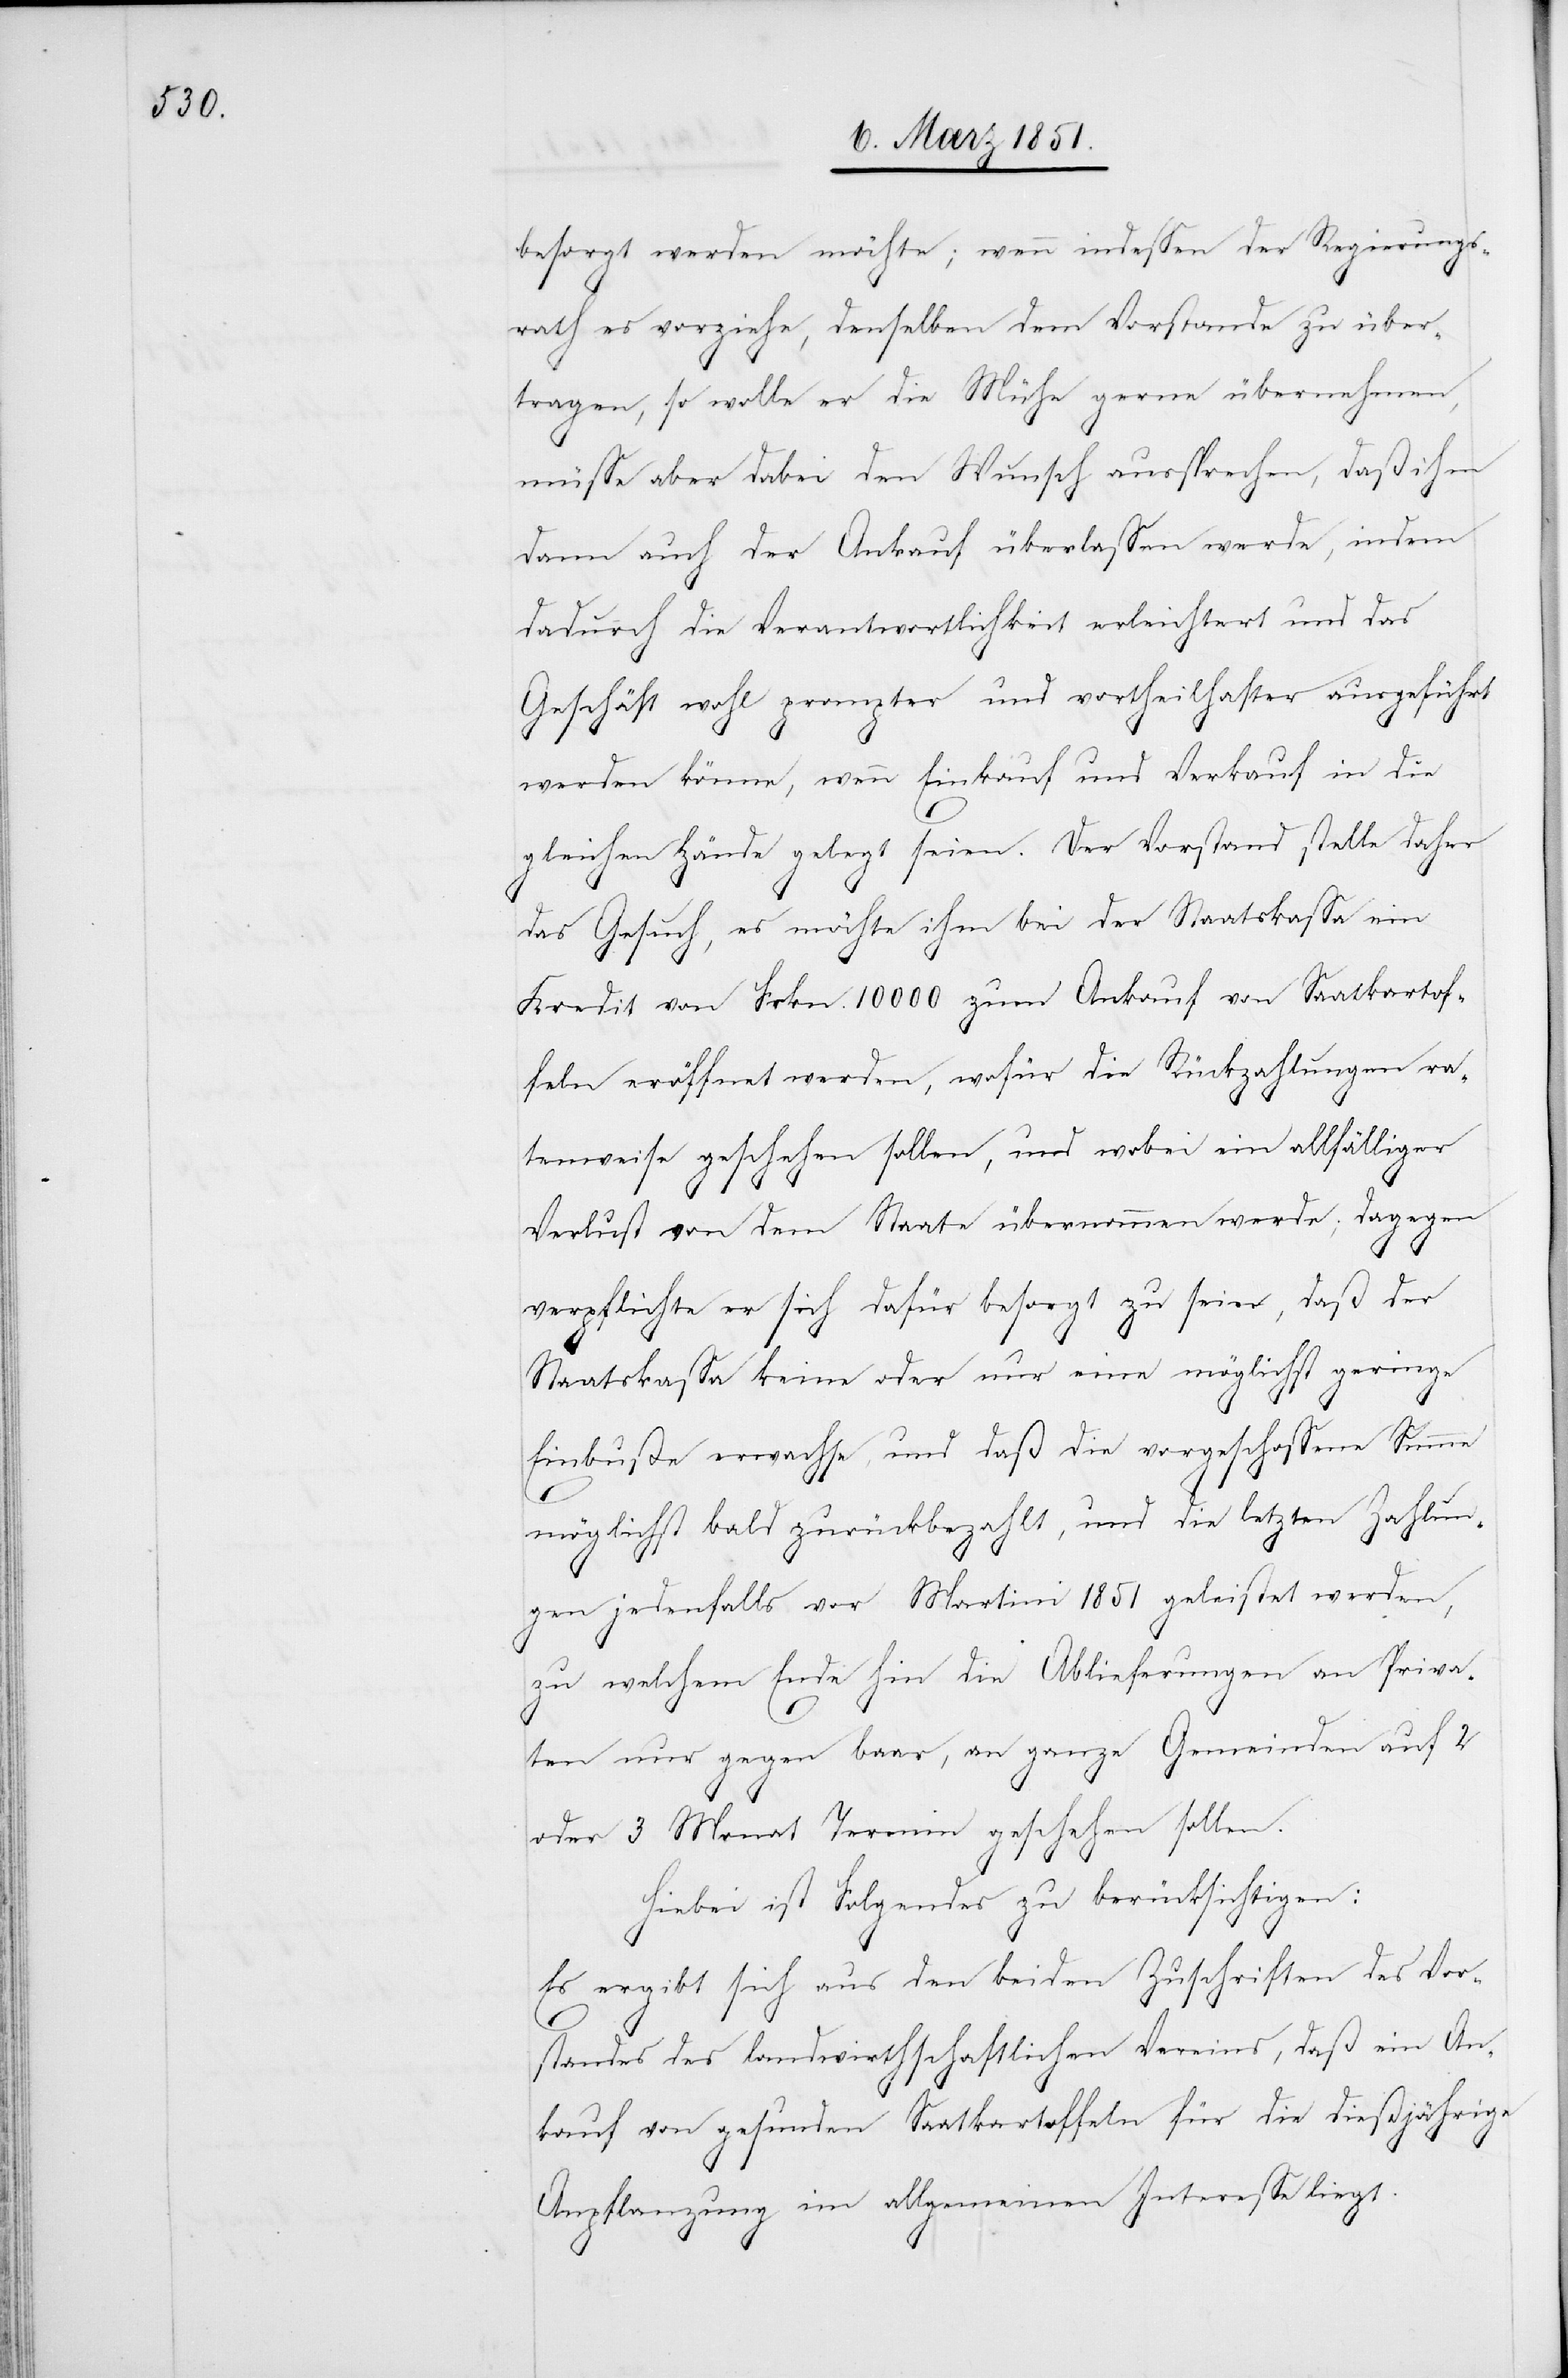
besorgt werden möchte; wenn indessen der Regierungs¬
rath es vorziehe, denselben dem Vorstande zu über¬
tragen, so wolle er die Mühe gerne übernehmen,
müsse aber dabei den Wunsch aussprechen, daß ihm
dann auch der Ankauf überlassen werde, indem
dadurch die Verantwortlichkeit erleichtert und das
Geschäft wohl prompter und vortheilhafter ausgeführt
werden könne, wenn Einkauf und Verkauf in die
gleichen Hände gelegt seien. Der Vorstand stelle daher
das Gesuch, es möchte ihm bei der Staatskassa ein
Kredit von Frkn. 10000 zum Ankauf von Saatkartof¬
feln eröffnet werden, wofür die Rückzahlungen ra¬
tenweise geschehen sollen, und wobei ein allfälliger
Verlust von dem Staate übernommen werde; dagegen
verpflichte er sich dafür besorgt zu sein, daß der
Staatskassa keine oder nur eine möglichst geringe
Einbuße erwachse, und daß die vorgeschossene Summe
möglichst bald zurückbezahlt, und die letzten Zahlun¬
gen jedenfalls vor Martini 1851 geleistet werden,
zu welchem Ende hin die Ablieferungen an Priva¬
ten nur gegen baar, an ganze Gemeinden auf 2
oder 3 Monat Termin geschehen sollen.
Hiebei ist Folgendes zu berücksichtigen:
Es ergibt sich aus den beiden Zuschriften des Vor¬
standes des landwirthschaftlichen Vereins, daß ein An¬
kauf von gesunden Saatkartoffeln für die dießjährige
Anpflanzung im allgemeinen Interesse liegt.